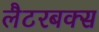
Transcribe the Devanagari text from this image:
लैटरबक्स